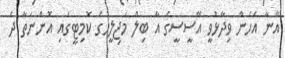
އޭނާ އެހެން ވިދާޅުވީ އޭސީސީގެ އާ ބިލް މަޖިލީހުގެ ކޮމިޓީގައި އޮންނަތާ ދެ